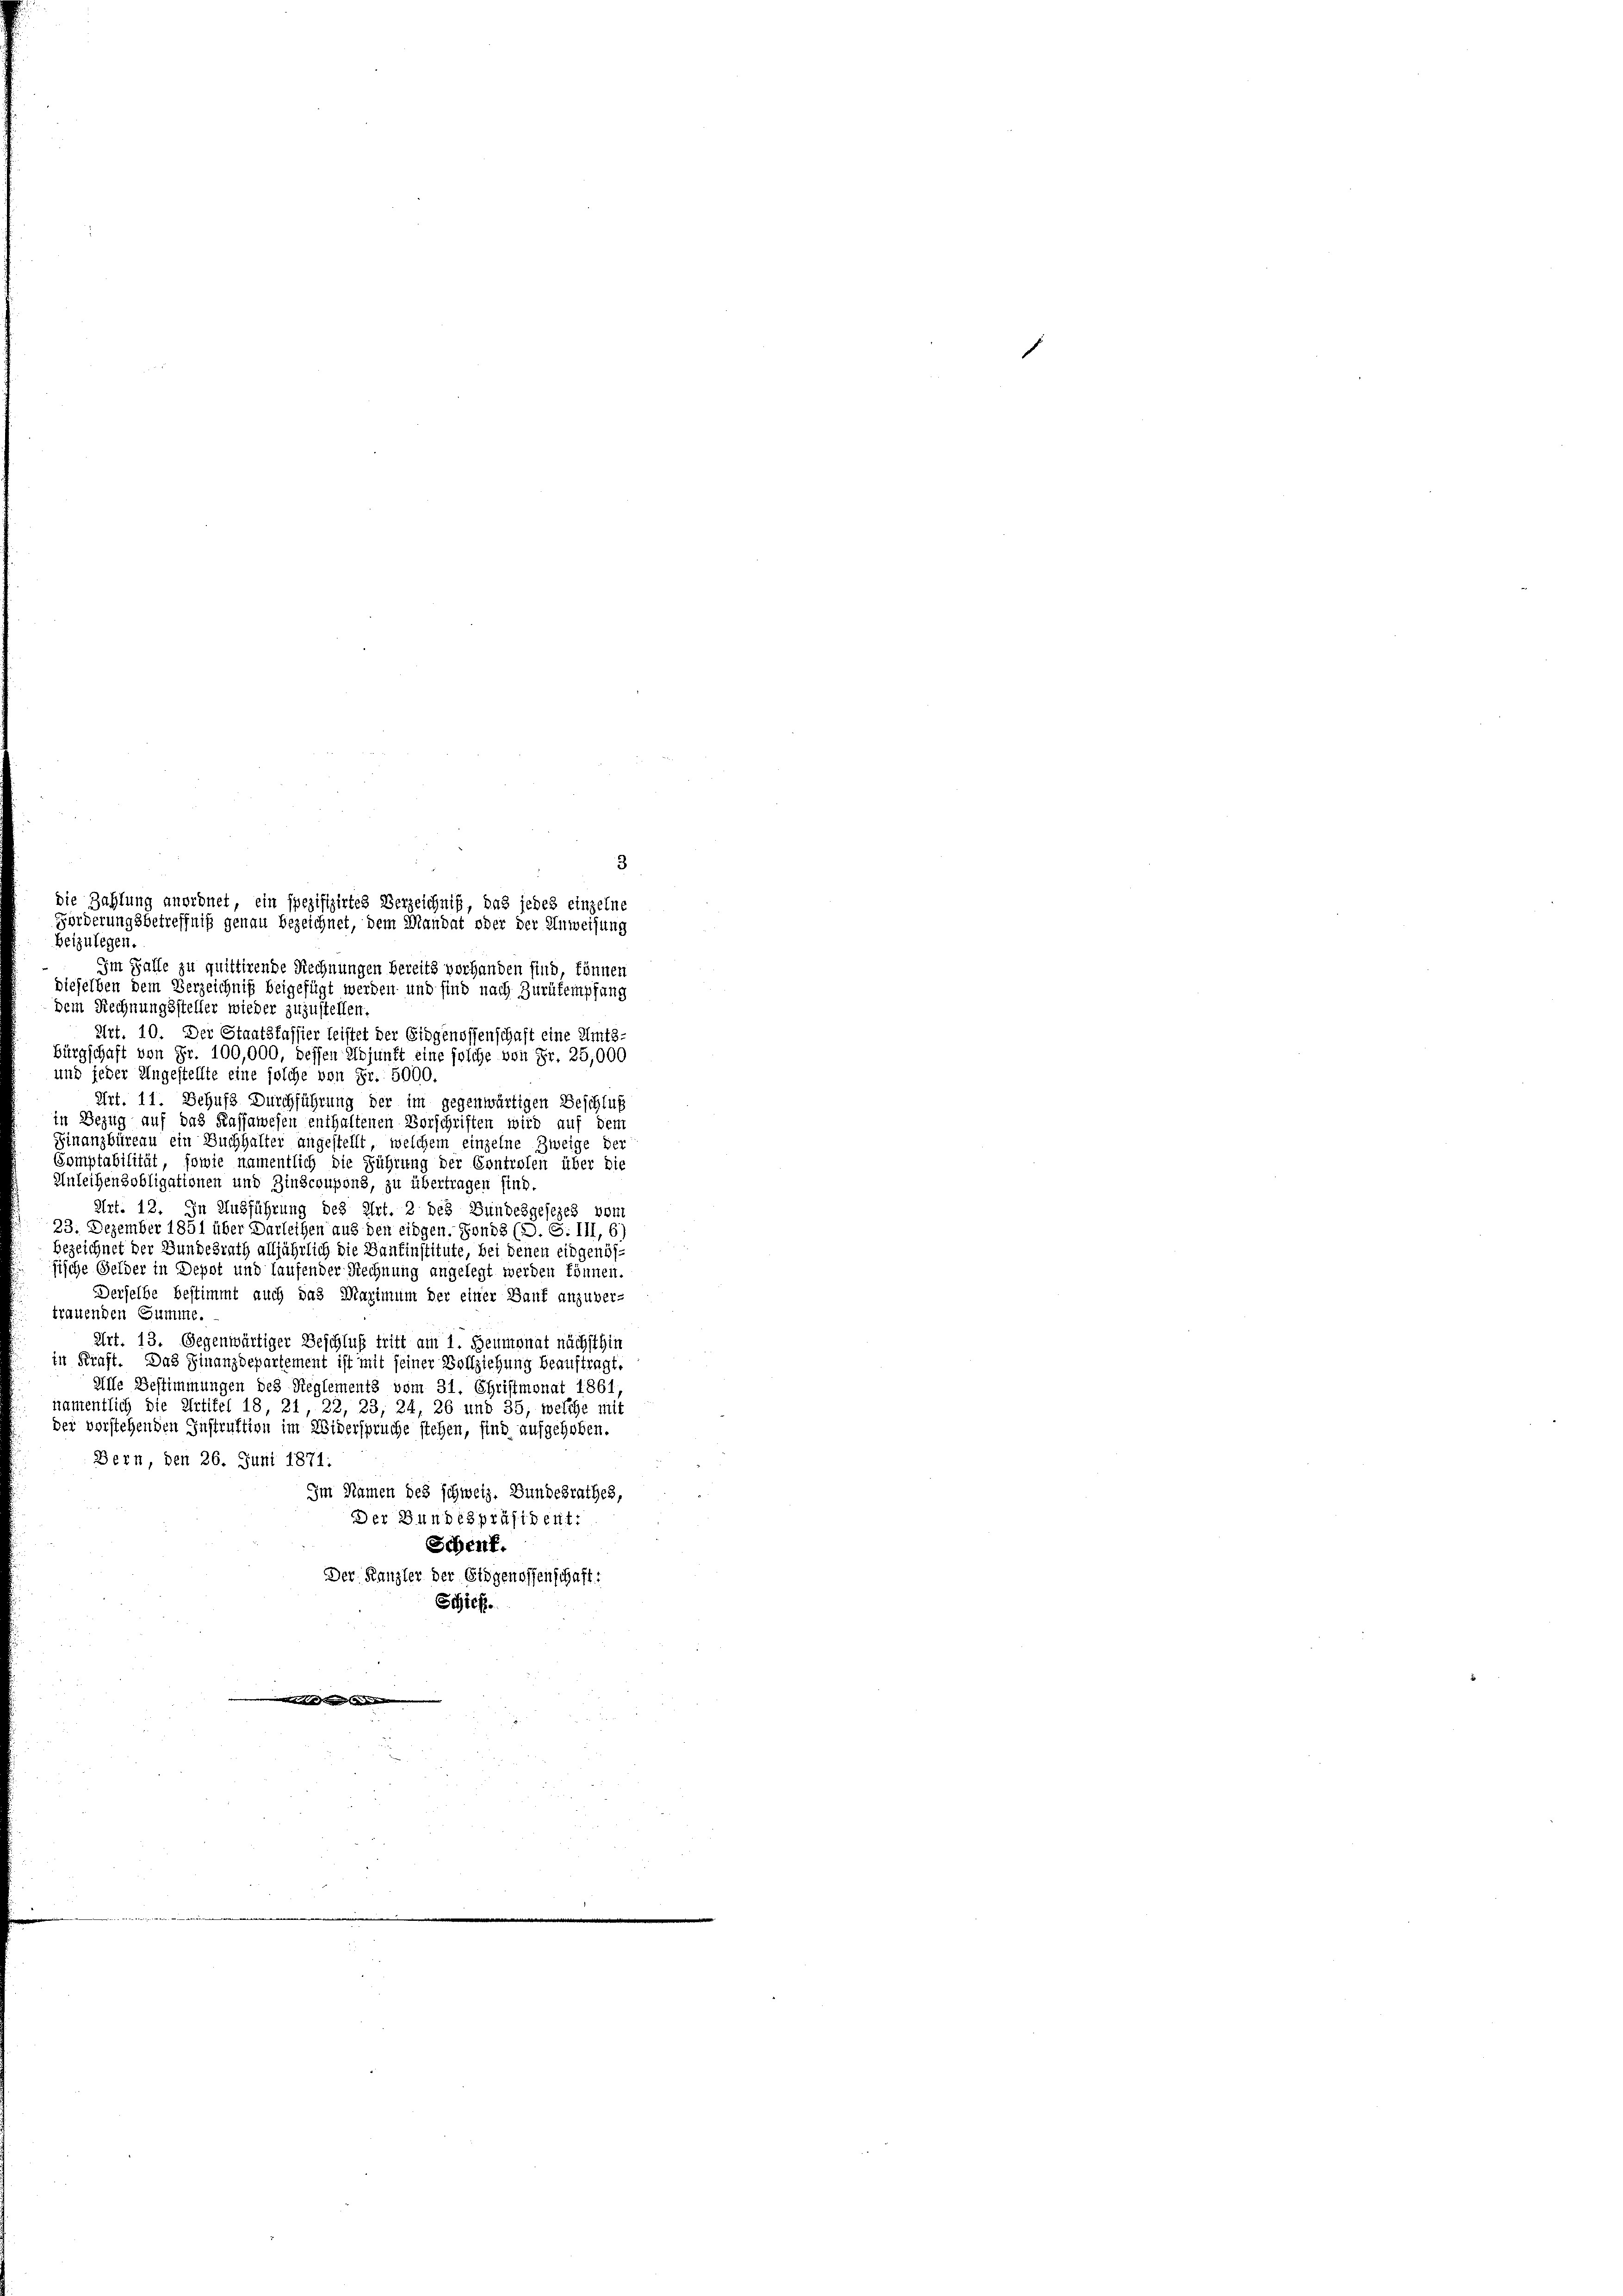
Bern den 26. Juni 1871:
Im Namen des schweiz. Bundesrathes,
Der Bundespräsident:
Schenf.
Der Kanzler der Eidgenossenschaft:
Schief

3
beizulegen.
Im Falle zu quittirende Rechnungen bereits vorhanden sind, können
dieselben dem Verzeichniß beigefügt werden und sind nach Zurükempfang
dem Rechnungssteller wieder zuzustellen.
Art. 10. Der Staatsfassier leistet der Eidgenossenschaft eine Amts-
bürgschaft von Fr. 100,000, dessen Ubjunft eine solche von Fr. 25,000
und jeder Angestellte eine solche von Fr. 5000.
Art. 11. Behufs Durchführung der im gegenwärtigen Beschluß
in Bezug auf das Kassawesen enthaltenen Vorschriften wird auf dem
Finanzbüreau ein Buchhalter angestellt, welchem einzelne Zweige der
Comptabilität, sowie namentlich die Führung der Controlen über die
Anleihensobligationen und Zinscoupons, zu übertragen sind.
Art. 12. In Ausführung des Art. 2 des Bundesgesezes vom
23. Dezember 1851 über Darleihen aus den eidgen. Fonds (D. S. III, 6)
bezeichnet der Bundesrath alljährlich die Danfinstitute, bei denen eingenös-
sische Gelder in Depot und laufender Rechnung angelegt werden können.
Derselbe bestimmt auch das Maximum der einer Bank anzuver-
trauenden Summe.
Art. 13. Gegenwärtiger Beschluß tritt am 1. Heumonat nächsthin
in Kraft. Das Finanzdepartement ist mit seiner Vollziehung beauftragt,
Alle Bestimmungen des Reglements vom 31. Christmonat 1861
namentlich die Artikel 18 21, 22, 23, 24, 26 und 35, welche mit
bei verstehenden Instruktion im Widerspruche stehen, sind aufgehoben.

die Zahlung anordnet, ein spezifizirtes Verzeichniß, das jedes einzelne
Förderungsbetreffniß genau bezeichnet, dem Mandat oder der Anweisung